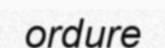
ordure